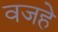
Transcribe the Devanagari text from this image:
वजहे